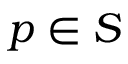
p \in S